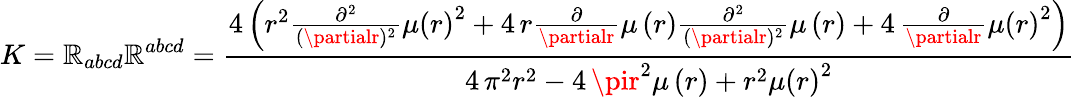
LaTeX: K=\mathbb{R}_{abcd}\mathbb{R}^{abcd}=\frac{{4\, {\left(r^{2}\frac{{\partial^{2}}}{{(\partialr)^{2}}}\mu\left(r\right)^{2}+4\, r\frac{{\partial}}{{\partialr}}\mu\left(r\right)\frac{{\partial^{2}}}{{(\partialr)^{2}}}\mu\left(r\right)+4\, \frac{{\partial}}{{\partialr}}\mu\left(r\right)^{2}\right)}}}{{4\, \pi^{2}r^{2}-4\, \pir^{2}\mu\left(r\right)+r^{2}\mu\left(r\right)^{2}}}